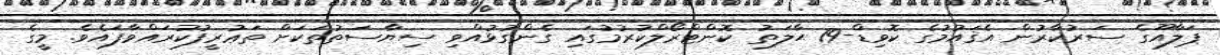
ޕަލާއޫގެ ސަރުކާރުން އެޤައުމުގެ ކޮވިޑް-19 ޙާލަތު ކޮންޓްރޯލްކުރުމުގައި ގެންގުޅުއްވި ސިޔާސަތުތަކަށް ތަޢުރީފުކުރައްވާފައެވެ. މީގެ